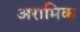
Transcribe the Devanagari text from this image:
अरामिक